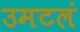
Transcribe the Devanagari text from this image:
उमटलं